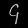
Digit: ၄